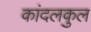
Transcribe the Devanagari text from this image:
कांदलकुल